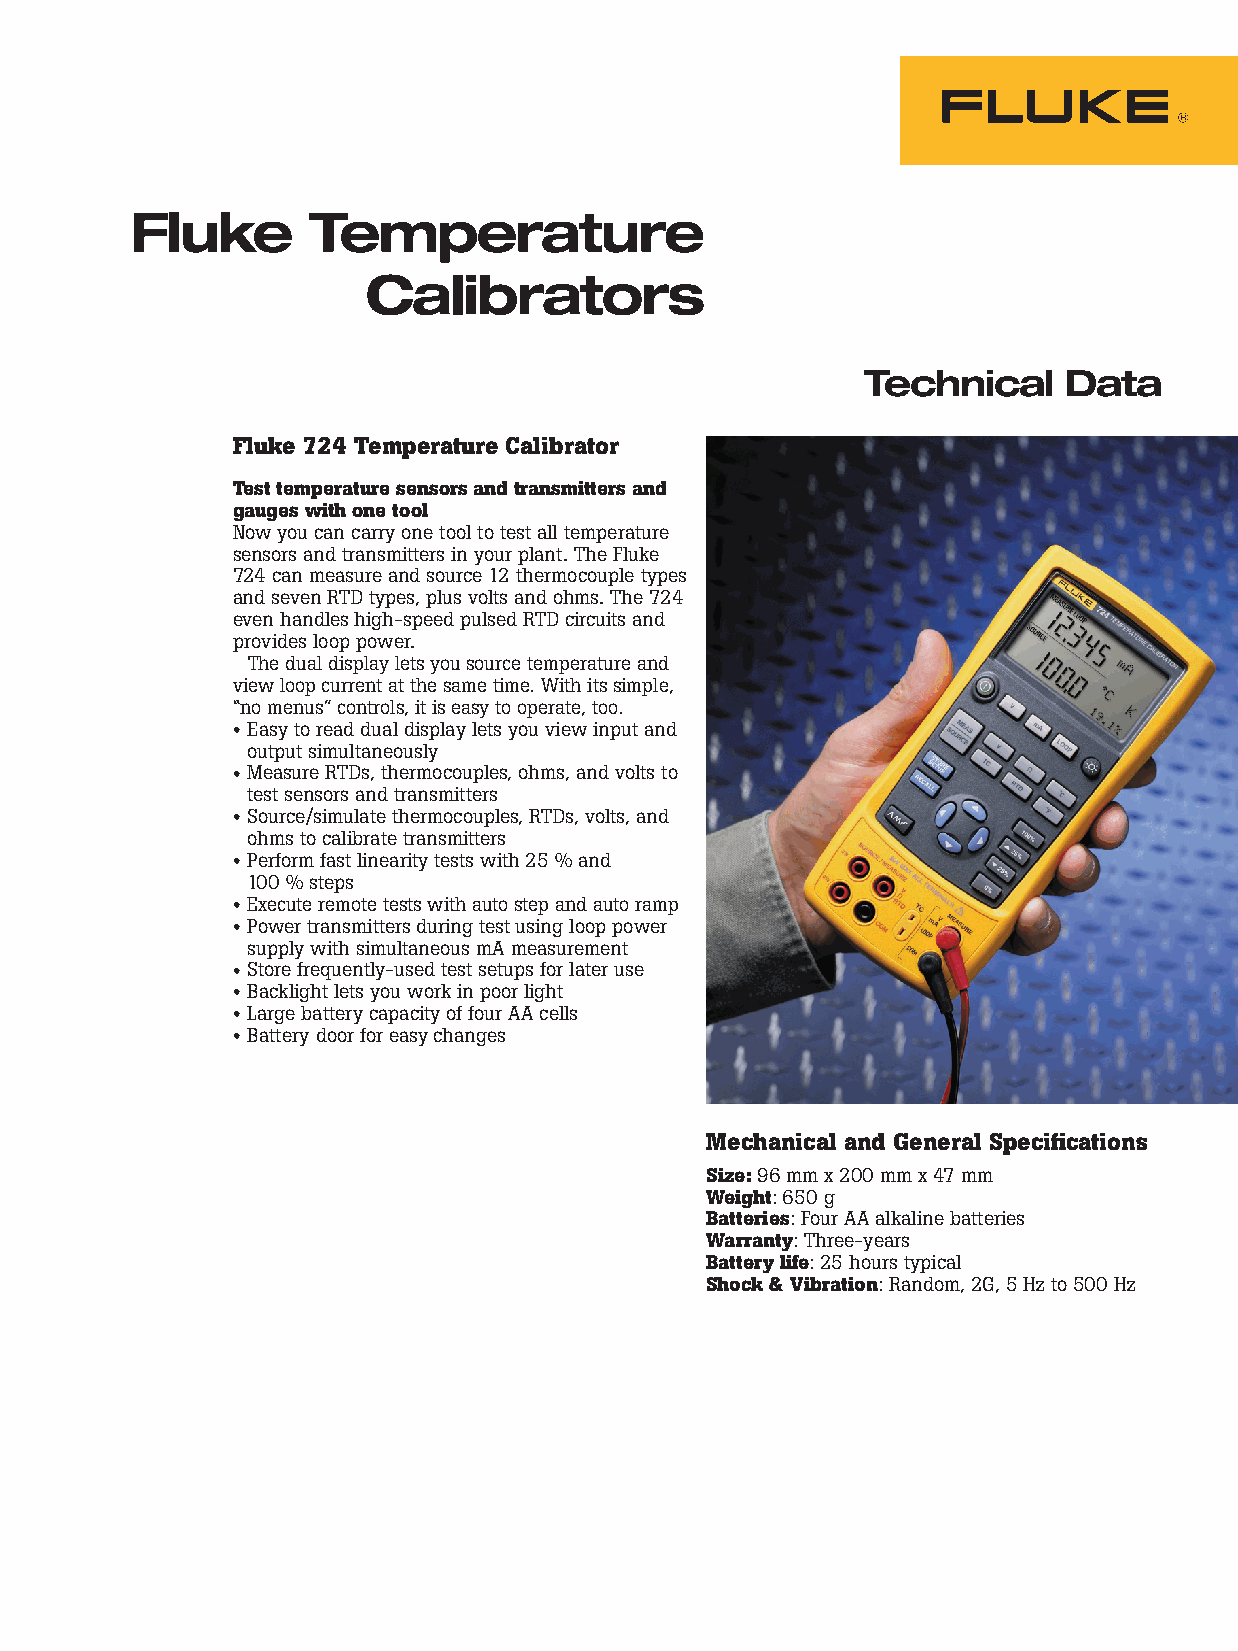
Fluke      Temperature
 Calibrators
 Technical     Data
 Fluke 724 Temperature Calibrator
 Test temperature sensors and transmitters and
 gauges with one tool
 Now you can carry one tool to test all temperature
 sensors and transmitters in your plant. The Fluke
 724 can measure and source 12 thermocouple types
 and seven RTD types, plus volts and ohms. The 724
 even handles high-speed pulsed RTD circuits and
 provides loop power.
 The dual display lets you source temperature and
 view loop current at the same time. With its simple,
 “no menus” controls, it is easy to operate, too.
 • Easy to read dual display lets you view input and
 output simultaneously
 • Measure RTDs, thermocouples, ohms, and volts to
 test sensors and transmitters
 • Source/simulate thermocouples, RTDs, volts, and
 ohms to calibrate transmitters
 • Perform fast linearity tests with 25 % and
 100 % steps
 • Execute remote tests with auto step and auto ramp
 • Power transmitters during test using loop power
 supply with simultaneous mA measurement
 • Store frequently-used test setups for later use
 • Backlight lets you work in poor light
 • Large battery capacity of four AA cells
 • Battery door for easy changes
 Mechanical and General Specifications
 Size: 96 mm x 200 mm x 47 mm
 Weight: 650 g
 Batteries: Four AA alkaline batteries
 Warranty: Three-years
 Battery life: 25 hours typical
 Shock & Vibration: Random, 2G, 5 Hz to 500 Hz